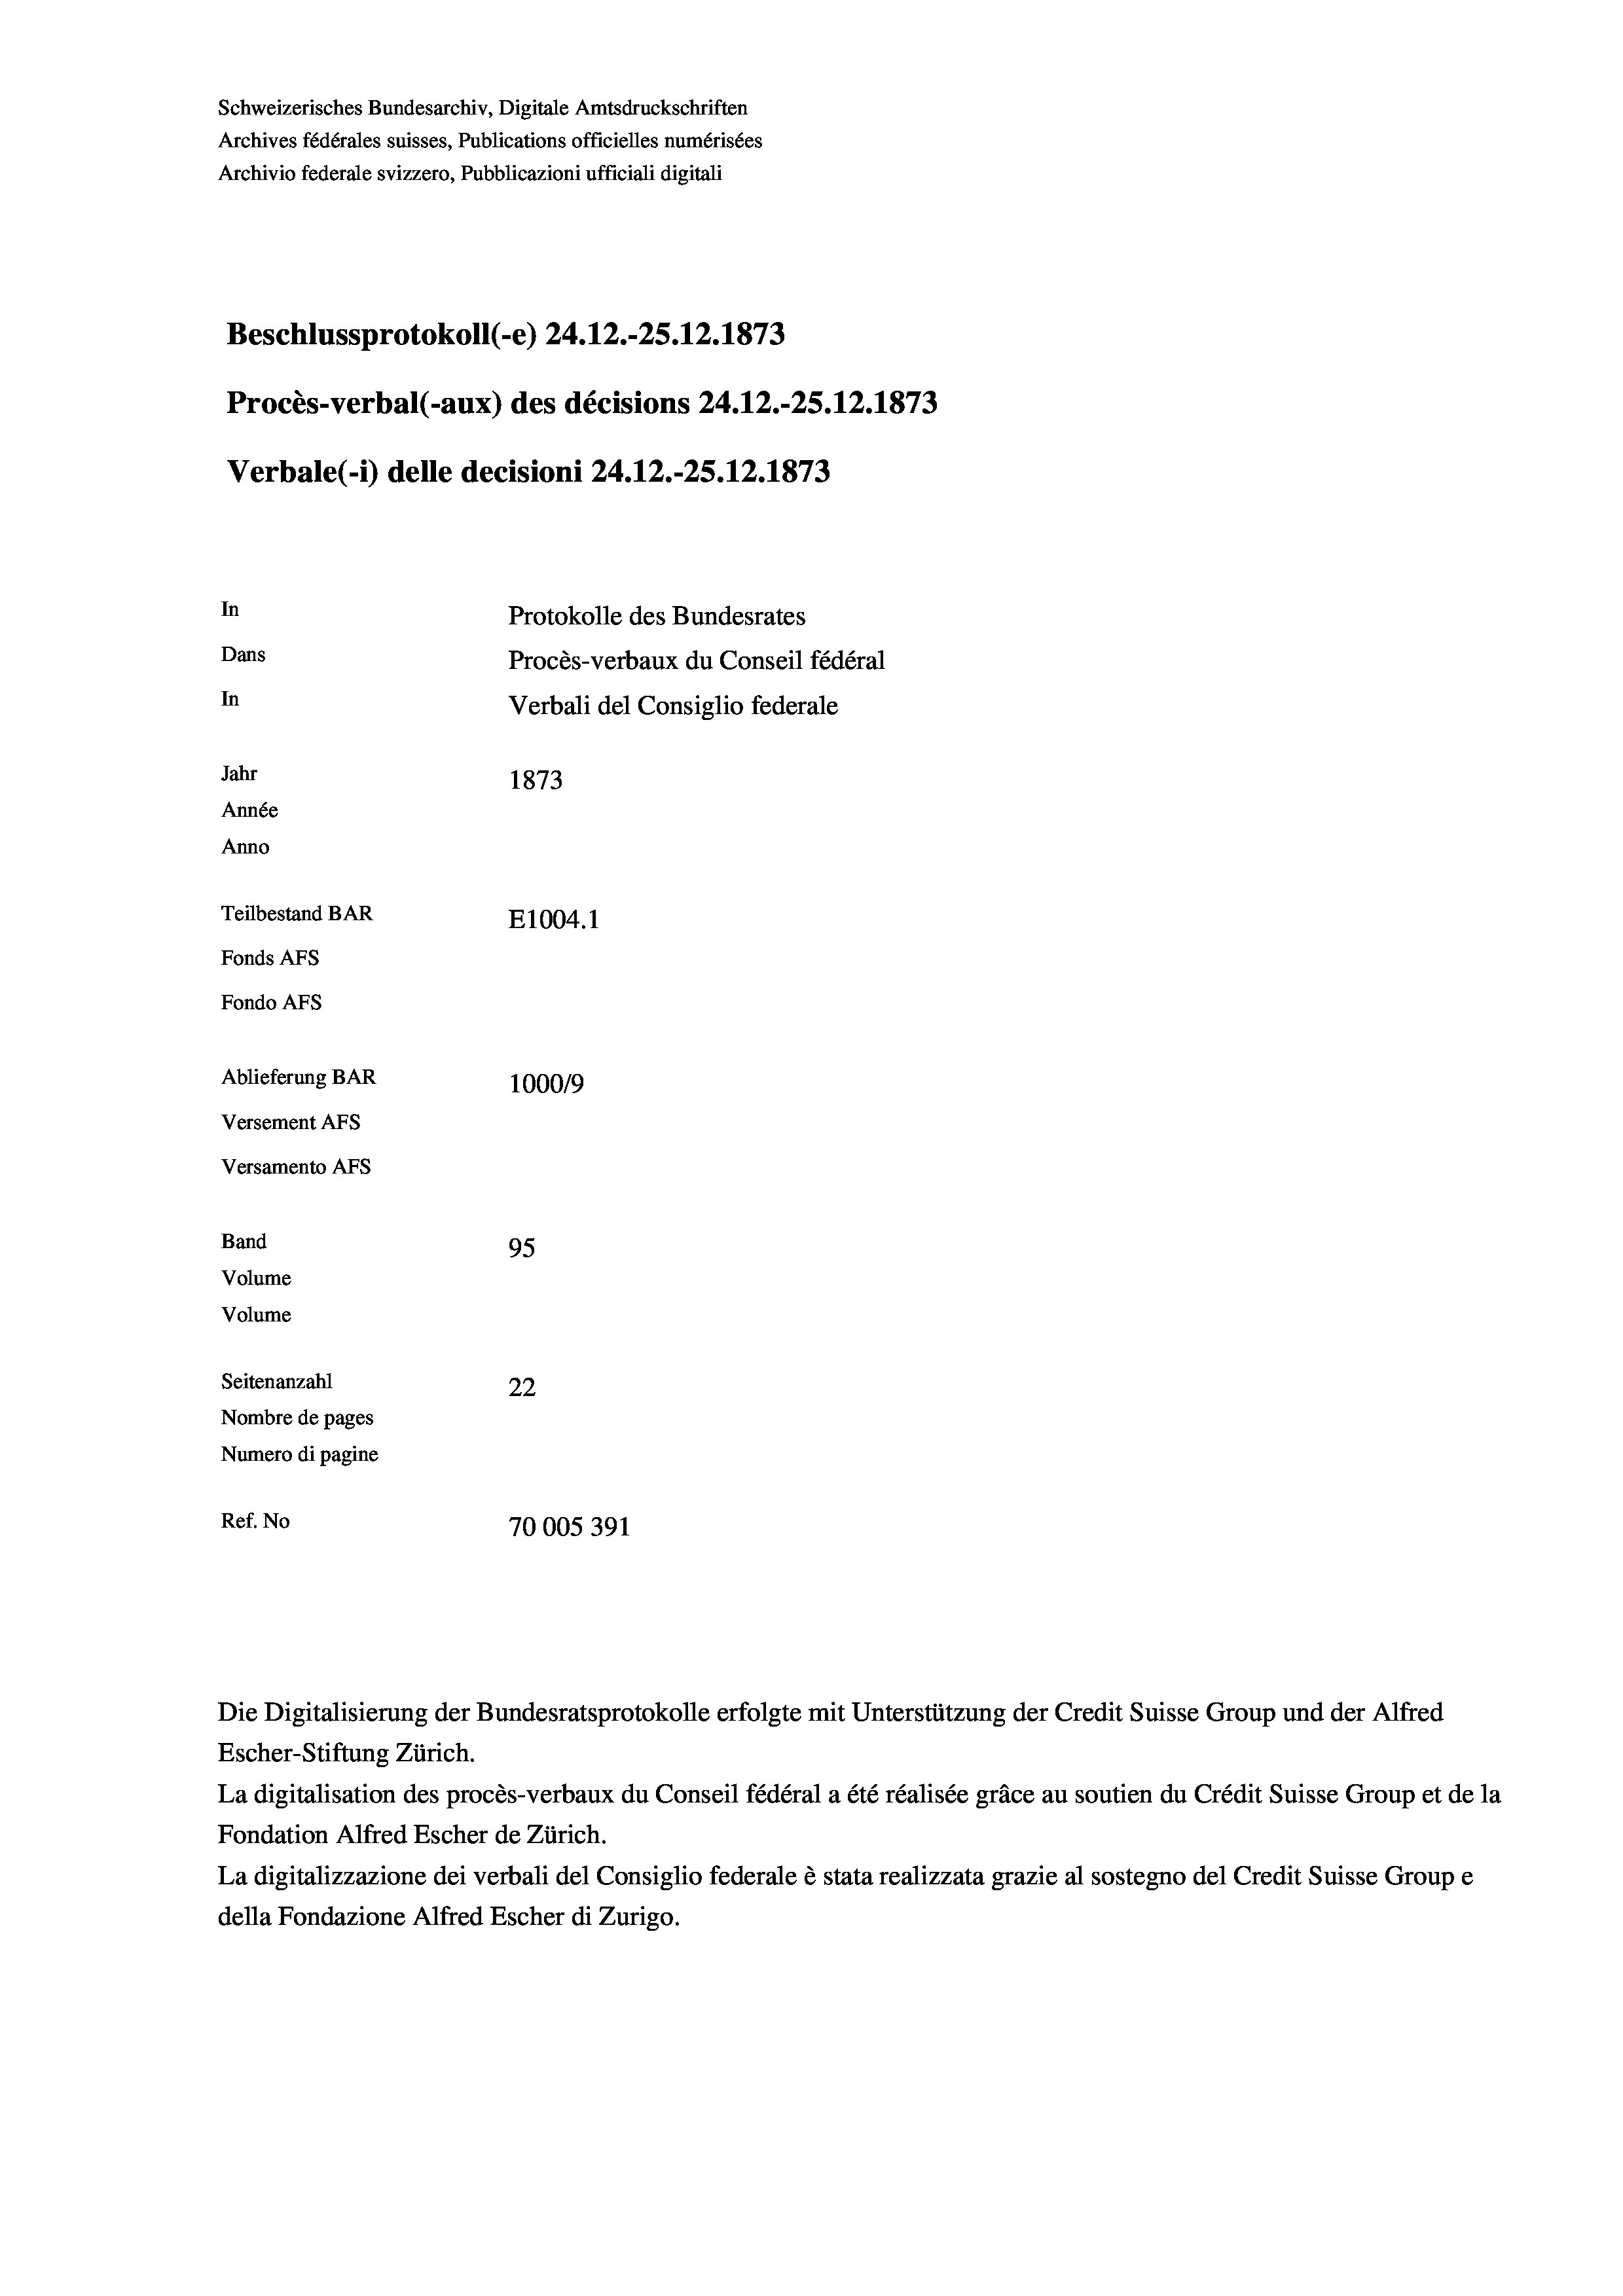
Schweizerisches Bundesarchiv, Digitale Amtsdruckschriften
Archives fédérales suisses, Publications officielles numérisées
Archivio federale svizzero, Pubblicazioni ufficiali digitali
Beschlussprotokoll (-e) 24.12.-25. 12. 1873
Procès-verbal (-aux) des décisions 24.12.-25. 12. 1873
Verbale (i) delle decisioni 24.12.-25. 12. 1873
In
Protokolle des Bundesrates
Dans
Procès-verbaux du Conseil fédéral
In
Verbali del Consiglio federale
Jahr
1873
Année
Anno
Teilbestand BAR
E1004. 1
Fonds AFs
Fondo Afs
Ablieferung BAR
100019
Versement AFs
Versamento Afs
Band
95
Volume
Volume
Seitenanzahl
22
Nombre de pages
Numero di pagine
Ref. No
70005391

Escher-Stiftung Zürich.
La digitalisation des procès-verbaux du Conseil fédéral a été réalisée gräce au soutien du Crédit Suisse Group et de la
Fondation Alfred Escher de Zürich.
La digitalizzazione dei verbali del Consiglio federale è stata realizzata grazie al sostegno del Credit Suisse Groupe
della Fondazione Alfred Escher di Zurigo.

Die Digitalisierung der Bundesratsprotokolle erfolgte mit Unterstützung der Credit Suisse Group und der Alfred